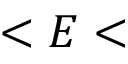
< E <